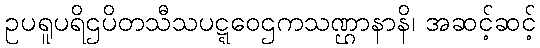
ဥပရူပရိဌပိတသီသပဋ္ဋဝေဌကသဏ္ဌာနာနိ၊ အဆင့်ဆင့်